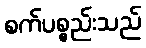
စက်ပစ္စည်းသည်